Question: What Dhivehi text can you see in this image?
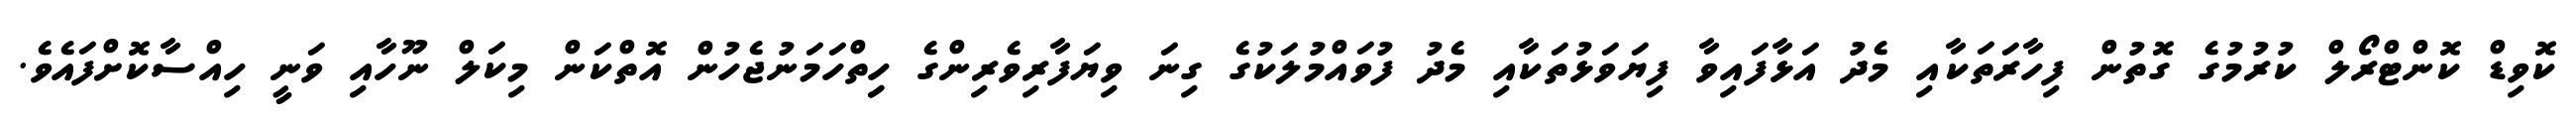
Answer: ކޮވިޑް ކޮންޓްރޯލް ކުރުމުގެ ގޮތުން ފިހާރަތަކާއި މެދު އަޅާފައިވާ ފިޔަވަޅުތަކާއި މެދު ފުވައްމުލަކުގެ ގިނަ ވިޔަފާރިވެރިންގެ ހިިތްހަމަނުޖެހުން އޮތްކަން މިކަލް ނޫހާއި ވަނީ ހިއްސާކޮށްފައެވެ.